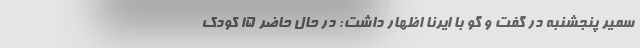
سمیر پنجشنبه در گفت و گو با ایرنا اظهار داشت: در حال حاضر ۱۵ کودک